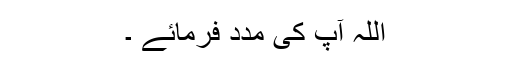
اللہ آپ کی مدد فرمائے ۔